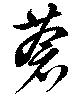
蒼